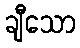
ချီသော